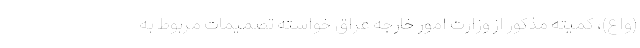
(واع)، کمیته مذکور از وزارت امور خارجه عراق خواسته تصمیمات مربوط به